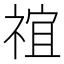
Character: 𬓇